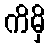
ကိမှိ